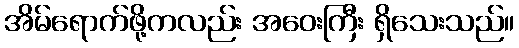
အိမ်ရောက်ဖို့ကလည်း အဝေးကြီး ရှိသေးသည်။